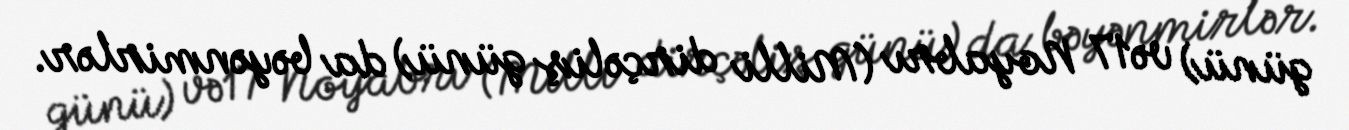
günü) və17 Noyabrı (Milli dirçəliş günü) da bəyənmirlər.